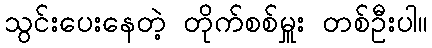
သွင်းပေးနေတဲ့ တိုက်စစ်မှူး တစ်ဦးပါ။